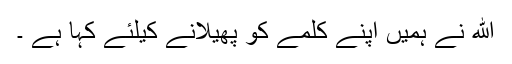
الله نے ہمیں اپنے کلمے کو پھیلانے کیلئے کہا ہے ۔